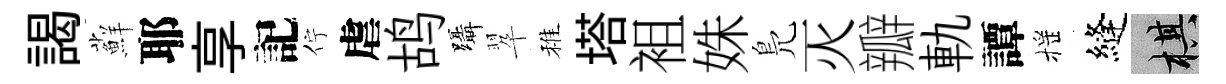
謁蘚耶享記佇虐鸪躡翆稚塔袓姝鳬灭瓣軌譚摇縫棋